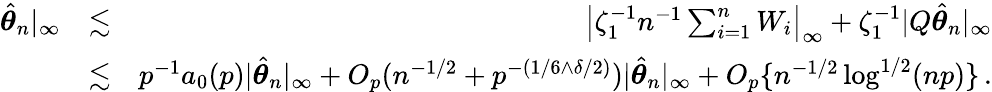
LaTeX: \begin{array}{rlr}{\hat{{\boldsymbol\theta}}_{n}|_{\infty}}&{\lesssim}&{\left|\zeta_{1}^{-1}n^{-1}\sum_{i=1}^{n}W_{i}\right|_{\infty}+\zeta_{1}^{-1}|Q\hat{{\boldsymbol\theta}}_{n}|_{\infty}}\\ &{\lesssim}&{p^{-1}a_{0}(p)|\hat{{\boldsymbol\theta}}_{n}|_{\infty}+O_{p}(n^{-1/2}+p^{-(1/6\wedge\delta/2)})|\hat{{\boldsymbol\theta}}_{n}|_{\infty}+O_{p}\{ n^{-1/2}\log^{1/2}(np)\} \, .}\end{array}